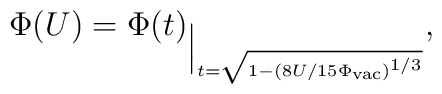
\Phi(U)=\Phi(t)_{\Big|_{t=\sqrt{1-(8U/15\Phi_{\rm vac})^{1/3}}}},